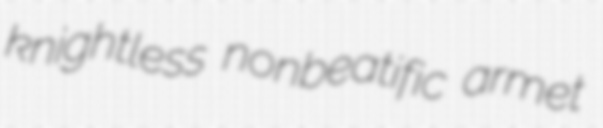
knightless nonbeatific armet